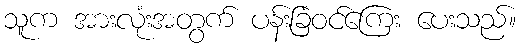
သူက အားလုံးအတွက် ပန်းခြံဝင်ကြေး ပေးသည်။